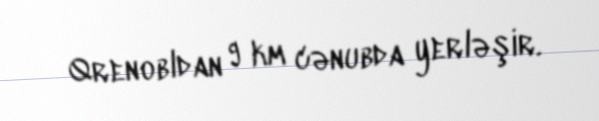
Qrenobldan 9 km cənubda yerləşir.